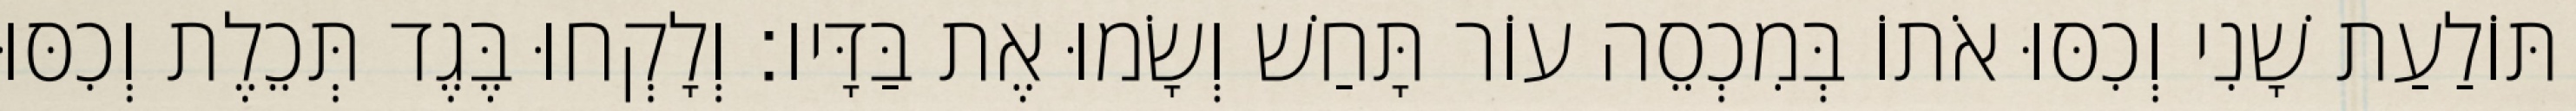
תּוֹלַעַת שָׁנִי וְכִסּוּ אֹתוֹ בְּמִכְסֵה עוֹר תָּחַשׁ וְשָׂמוּ אֶת בַּדָּיו׃ וְלָקְחוּ בֶּגֶד תְּכֵלֶת וְכִסּוּ